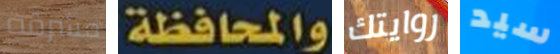
مشرقة والمحافظة روايتك سيد